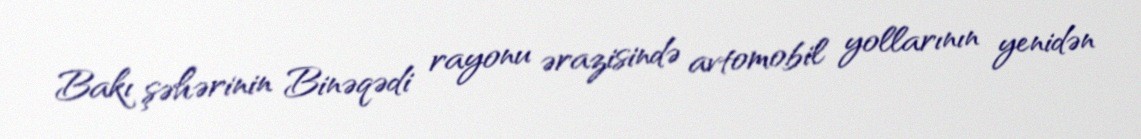
Bakı şəhərinin Binəqədi rayonu ərazisində avtomobil yollarının yenidən